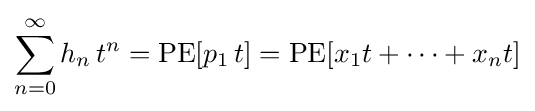
\sum _{n=0}^{\infty }h_{n}\,t^{n}=\operatorname {PE} [p_{1}\,t]=\operatorname {PE} [x_{1}t+\cdots +x_{n}t]